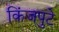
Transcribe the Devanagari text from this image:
किंजपुटे